Indian journal of veterinary science and animal husbandry - Volume 14,
Year: 1944
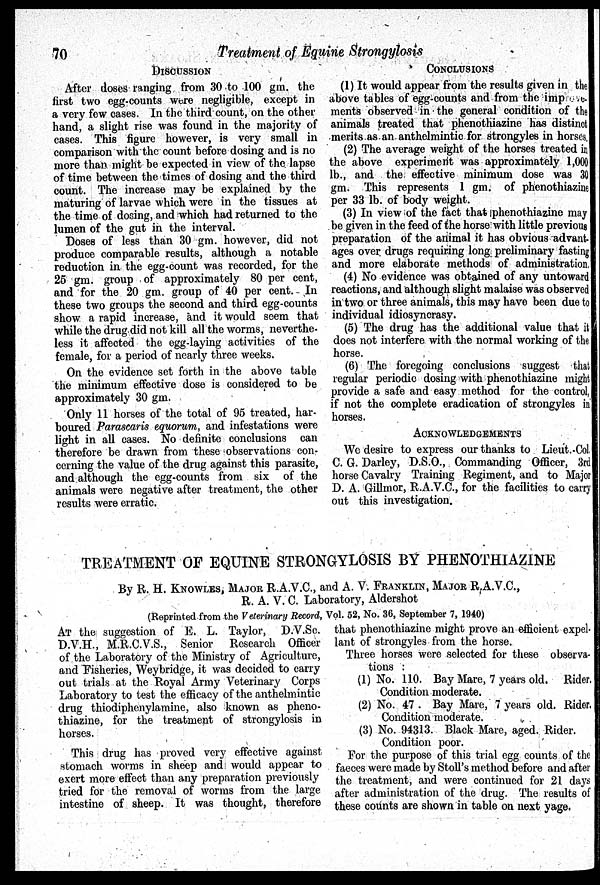
70
Treatment of Equine Strongylosis
DISCUSSION
After doses ranging from 30 to 100 gm. the
first two egg-counts were negligible, except in
a very few cases. In the third count, on the other
hand, a slight rise was found in the majority of
cases. This figure however, is very small in
comparison with the count before dosing and is no
more than might be expected in view of the lapse
of time between the times of dosing and the third
count. The increase may be explained by the
maturing of larvae which were in the tissues at
the time of dosing, and which had returned to the
lumen of the gut in the interval.
Doses of less than 30 gm. however, did not
produce comparable results, although a notable
reduction in the egg-count was recorded, for the
25 gm. group of approximately 80 per cent,
and for the 20 gm. group of 40 per cent. In
these two groups the second and third egg-counts
show a rapid increase, and it would seem that
while the drug did not kill all the worms, neverthe-
less it affected the egg-laying activities of the
female, for a period of nearly three weeks.
On the evidence set forth in the above table
the minimum effective dose is considered to be
approximately 30 gm.
Only 11 horses of the total of 95 treated, har-
boured Parascaris equorum, and infestations were
light in all cases. No definite conclusions can
therefore be drawn from these observations con-
cerning the value of the drug against this parasite,
and although the egg-counts from six of the
animals were negative after treatment, the other
results were erratic.
CONCLUSIONS
(1) It would appear from the results given in the
above tables of egg-counts and from the improve-
ments observed in the general condition of the
animals treated that phenothiazine has distinct
merits as an anthelmintic for strongyles in horses,
(2) The average weight of the horses treated in
the above experiment was approximately 1,000
lb., and the effective minimum dose was 30
gm. This represents 1 gm. of phenothiazine
per 33 lb. of body weight.
(3) In view of the fact that phenothiazine may
be given in the feed of the horse with little previous
preparation of the animal it has obvious advant-
ages over drugs requiring long preliminary fasting
and more elaborate methods of administration.
(4) No evidence was obtained of any untoward
reactions, and although slight malaise was observed
in two or three animals, this may have been due to
individual idiosyncrasy.
(5) The drug has the additional value that it
does not interfere with the normal working of the
horse.
(6) The foregoing conclusions suggest that
regular periodic dosing with phenothiazine might
provide a safe and easy method for the control,
if not the complete eradication of strongyles in
horses.
ACKNOWLEDGEMENTS
We desire to express our thanks to Lieut.-Col.
C. G. Darley, D.S.O., Commanding Officer, 3rd
horse Cavalry Training Regiment, and to Major
D. A. Gillmor, R.A.V.C., for the facilities to carry
out this investigation.
TREATMENT OF EQUINE STRONGYLOSIS BY PHENOTHIAZINE
By R. H. KNOWLES, MAJOR R.A.V.C., and A. V. FRANKLIN, MAJOR R.A.V.C.,
R. A. V. C. Laboratory, Aldershot
(Reprinted from the Veterinary Record, Vol. 52, No. 36, September 7, 1940)
AT the suggestion of E. L. Taylor, D.V.Sc.
D.V.H., M.R.C.V.S., Senior Research Officer
of the Laboratory of the Ministry of Agriculture,
and Fisheries, Weybridge, it was decided to carry
out trials at the Royal Army Veterinary Corps
Laboratory to test the efficacy of the anthelmintic
drug thiodiphenylamine, also known as pheno-
thiazine, for the treatment of strongylosis in
horses.
This drug has proved very effective against
stomach worms in sheep and would appear to
exert more effect than any preparation previously
tried for the removal of worms from the large
intestine of sheep. It was thought, therefore
that phenothiazine might prove an efficient expel-
lant of strongyles from the horse.
Three horses were selected for these observa-
tions :
(1) No. 110. Bay Mare, 7 years old. Rider.
Condition moderate.
(2) No. 47 . Bay Mare, 7 years old. Rider.
Condition moderate.
(3) No. 94313. Black Mare, aged. Rider.
Condition poor.
For the purpose of this trial egg counts of the
faeces were made by Stoll's method before and after
the treatment, and were continued for 21 days
after administration of the drug. The results of
these counts are shown in table on next yage.